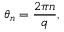
\theta _ { n } = { \frac { 2 \pi n } { q } } ,